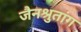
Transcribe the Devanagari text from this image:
जैनश्रुतांग